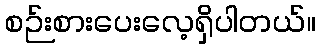
စဉ်းစားပေးလေ့ရှိပါတယ်။